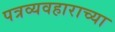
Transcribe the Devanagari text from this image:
पत्रव्यवहाराच्या